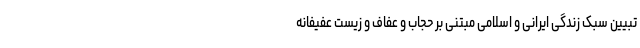
تبیین سبک زندگی ایرانی و اسلامی مبتنی بر حجاب و عفاف و زیست عفیفانه